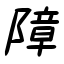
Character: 障